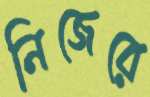
নিজেরে